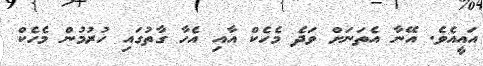
އައީއެވެ. އޭނާ އެތަނަށް ވަދެ މެހެކް އާއި އެހާ ގާތުގައި ހުރުމުން މެހެކް